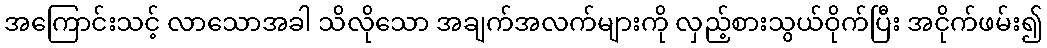
အကြောင်းသင့် လာသောအခါ သိလိုသော အချက်အလက်များကို လှည့်စားသွယ်ဝိုက်ပြီး အငိုက်ဖမ်း၍